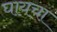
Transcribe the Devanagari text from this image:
घायचा